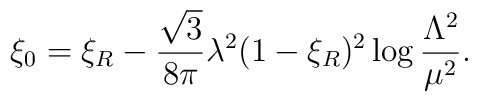
\xi_0=\xi_R-\frac{\sqrt{3}}{8\pi}\lambda^2 (1-\xi_R)^2 \log\frac{\Lambda^2}{\mu^2}.